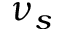
\nu _ { s }